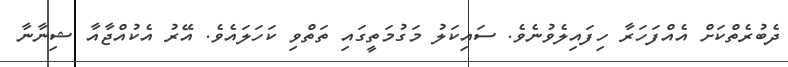
ދެބުރެތްކަށް އެއްފަހަރާ ހިފައިލެވުނެވެ. ސައިކަލު މަގުމަތީގައި ތަތްވި ކަހަލައެވެ. އޭރު އެކުއްޖާއާ ޝިނާނާ